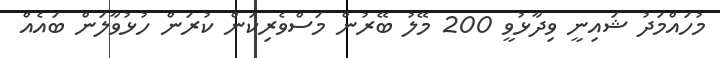
މުހައްމަދު ޝައިނީ ވިދާޅުވީ 200 މޭލު ބޭރުން މަސްވެރިކަން ކުރަން ހުޅުވާލަން ބައެއް